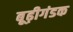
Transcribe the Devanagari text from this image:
बूढ़ीगंडक